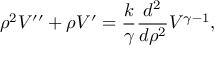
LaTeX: \rho ^ { 2 } V ^ { \prime \prime } + \rho V ^ { \prime } = { \frac { k } { \gamma } } { \frac { d ^ { 2 } } { d \rho ^ { 2 } } } V ^ { \gamma - 1 } ,